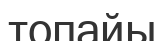
топайы